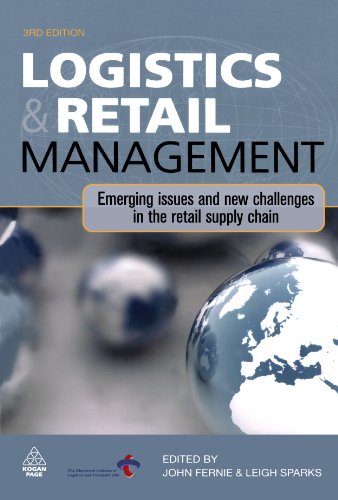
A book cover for Logistics and Retail Management: Emerging Issues and New Challenges in the Retail Supply Chain; John Fernie; Business & Money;